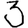
Digit: 3